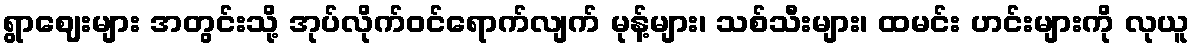
ရွာဈေးများ အတွင်းသို့ အုပ်လိုက်ဝင်ရောက်လျက် မုန့်များ၊ သစ်သီးများ၊ ထမင်း ဟင်းများကို လုယူ